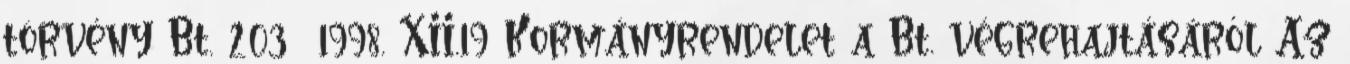
törvény Bt. 203 1998. XII.19 Kormányrendelet a Bt. végrehajtásáról Az